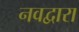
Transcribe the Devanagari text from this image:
नवद्वारा